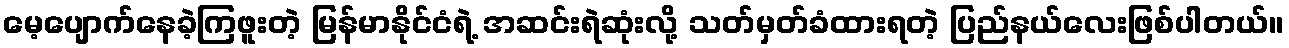
မေ့ပျောက်နေခဲ့ကြဖူးတဲ့ မြန်မာနိုင်ငံရဲ့ အဆင်းရဲဆုံးလို့ သတ်မှတ်ခံထားရတဲ့ ပြည်နယ်လေးဖြစ်ပါတယ်။